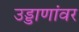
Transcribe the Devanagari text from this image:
उड्डाणांवर